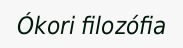
Ókori filozófia